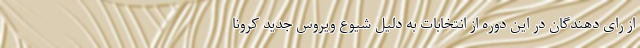
از رای دهندگان در این دوره از انتخابات به دلیل شیوع ویروس جدید کرونا